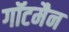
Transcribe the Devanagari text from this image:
गॉटमैन